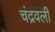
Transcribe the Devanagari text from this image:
चंद्रवली